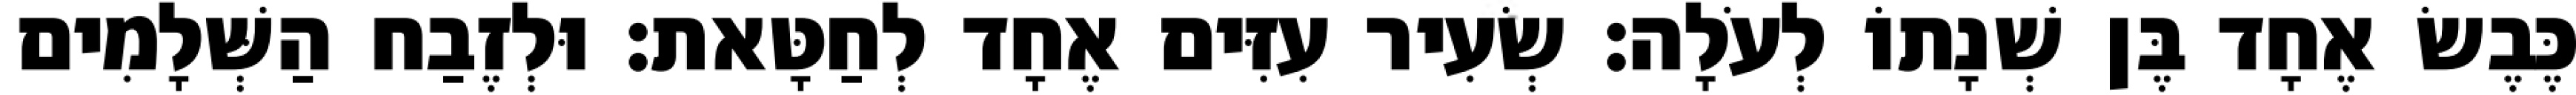
כֶּבֶשׂ אֶחָד בֶּן שְׁנָתוֹ לְעֹלָה׃ שְׂעִיר עִזִּים אֶחָד לְחַטָּאת׃ וּלְזֶבַח הַשְּׁלָמִים